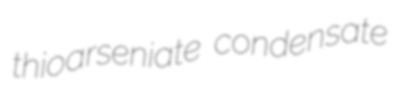
thioarseniate condensate